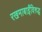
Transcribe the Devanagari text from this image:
रखमाबाईंविरुद्ध